Report on horse surra - Volume II, Part I
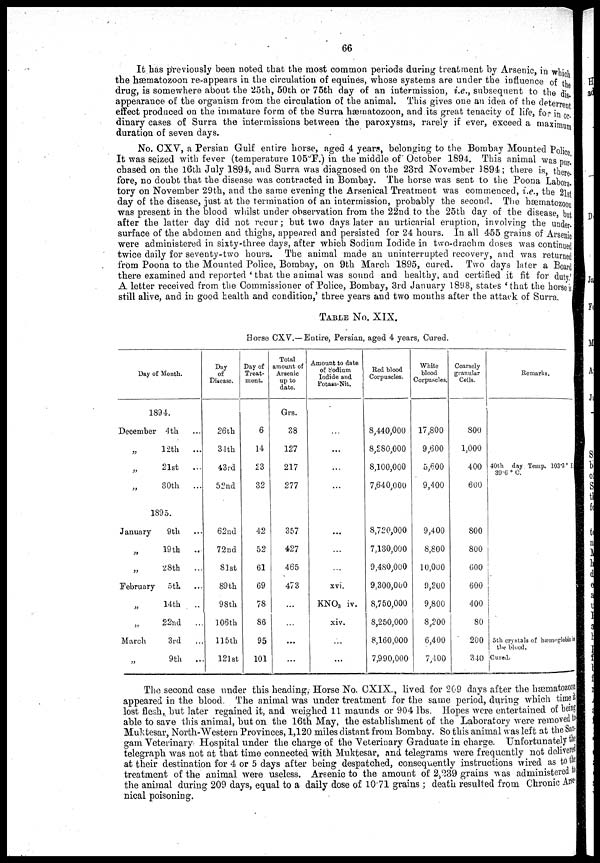
66
It has previously been noted that the most common periods during treatment by Arsenic, in which
the hæmatozoon re-appears in the circulation of equines, whose systems are under the influence of the
drug, is somewhere about the 25th, 50th or 75th day of an intermission, i.e., subsequent to the dis-
appearance of the organism from the circulation of the animal. This gives one an idea of the deterrent
effect produced on the immature form of the Surra hæmatozoon, and its great tenacity of life, for in or
dinary cases of Surra the intermissions between the paroxysms, rarely if ever, exceed a maximum
duration of seven days.
No. CXV, a Persian Gulf entire horse, aged 4 years, belonging to the Bombay Mounted Police
It was seized with fever (temperature 105°F.) in the middle of October 1894. This animal was pur-
chased on the 16th July 1894, and Surra was diagnosed on the 23rd November 1894; there is, there-
fore, no doubt that the disease was contracted in Bombay. The horse was sent to the Poona Labora.
tory on November 29th, and the same evening the Arsenical Treatment was commenced, i.e., the 2lst
day of the disease, just at the termination of an intermission, probably the second. The hæmatozoon
was present in the blood whilst under observation from the 22nd to the 25th day of the disease, but
after the latter day did not recur; but two days later an urticarial eruption, involving the under-
surface of the abdomen and thighs, appeared and persisted for 24 hours. In all 455 grains of Arsenic
were administered in sixty-three days, after which Sodium Iodide in two-drachm doses was continued
twice daily for seventy-two hours. The animal made an uninterrupted recovery, and was returned
from Poona to the Mounted Police, Bombay, on 9th March 1895, cured. Two days later a Board
there examined and reported 'that the animal was sound and healthy, and certified it fit for duty'
A letter received from the Commissioner of Police, Bombay, 3rd January 1898, states ' that the horse i s
still alive, and in good health and condition,' three years and two months after the attack of Surra.
TABLE No. XIX.
Horse CXV.— Entire, Persian, aged 4 years, Cured.
Day of Month.
1894.
December 4th.
12th
...
21st
...
30th
...
1895.
January
9th
19th
...
28th
February
5th
14th . ..
22nd
...
March
3rd
9th
..
Day
of
Disease.
26th
34th
43rd
52nd
62nd
72nd
81st
89th
98th
106th
115th
121st
Day of
Treat-
ment.
6
14
23
32
42
52
61
69
78
86
95
101
Total
amount of
Arsenic
up to
date.
Grs.
38
127
217
277
357
427
465
473
...
...
...
Amount to date
of Sodium
Iodide and
Potass-Nit.
...
...
...
...
...
xvi.
KNO 3 iv.
xiv.
...
Red blood
Corpuscles.
8,440,000
8,280,000
8,100,000
7,640,000
8,720,000
7,130,000
9,480,000
9,300,000
8,750,000
8,250,000
8,160,000
7,990,000
White
blood
Corpuscles.
17,800
9,600
5,600
9,400
9,400
8,800
10,000
9,200
9,800
8,200
6,400
7400
Coarsely
granular
Cells.
800
1,000
400
600
800
800
600
600
400
80
200
340
Remarks
40th day Temp. 103.3°F,
39.6 ° C.
5th crystals of hæmoglobin in
the blood.
Cured.
The second case under this heading, Horse No. CXIX., lived for 209 days after the hæmatozoon
appeared in the blood. The animal was under treatment for the same period, during which time it
lost flesh, but later regained it, and weighed 11 maunds or 904 lbs. Hopes were entertained of bei ng
able to save this animal, but on the 16th May, the establishment of the Laboratory were removed t o
Muktesar, North-Western Provinces, 1,120 miles distant from Bombay. So this animal was left at the San¬
gam Veterinary Hospital under the charge of the Veterinary Graduate in charge. Unfortunately the
telegraph was not at that time connected with Muktesar, and telegrams were frequently not delivered
at their destination for 4 or 5 days after being despatched, consequently instructions wired as to the
treatment of the animal were useless. Arsenic to the amount of 2,239 grains was administered to
the animal during 209 days, equal to a daily dose of 10.71 grains ; death resulted from Chronic Arse-
nical poisoning.